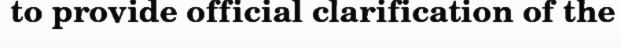
to provide official clarification of the